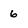
Character: 6